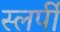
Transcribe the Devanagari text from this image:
स्लर्पी